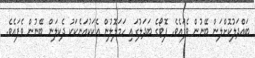
ބައްދަލުކޮށްލަން ބޭނުން ވެފައެވެ. ފޮޓޯގެ ބަދަލުގައި ހަމަލޮލުން އެކަކުއަނެކަކު ދެކިލަން ބޭނުން ވެފައެވެ.